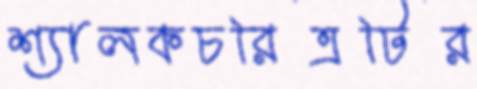
শ্যালকচরিত্রটির